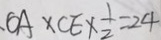
O A \times C E \times \frac { 1 } { 2 } = 2 4